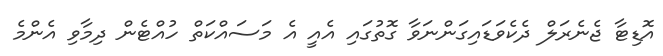
އޮޑިޓާ ޖެނެރަލް ދެކެވަޑައިގަންނަވާ ގޮތުގައި އެއީ އެ މަސައްކަތް ހުއްޓެން ދިމާވި އެންމެ